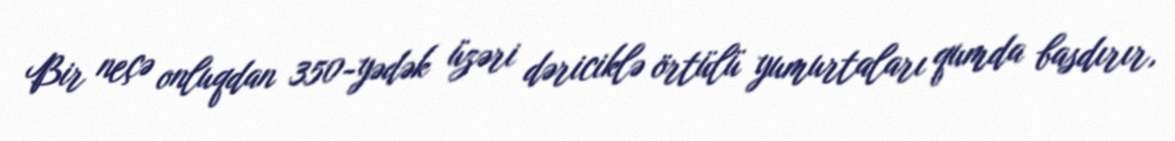
Bir neçə onluqdan 350-yədək üzəri dəriciklə örtülü yumurtaları qumda basdırır,